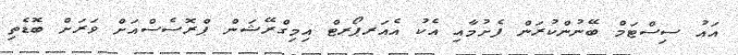
އައު ސިސްޓަމް ބޭނުންކުރަން ފެށުމާއި އެކު އެއަރޕޯރޓް އިމިގްރޭޝަން ޕްރޮސެސްއަށް ވަރަށް ބޮޑެތި